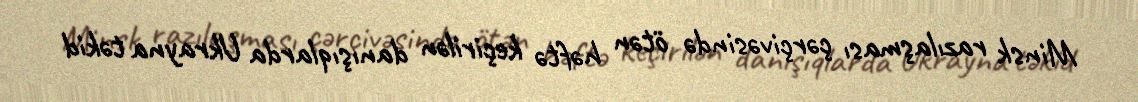
Minsk razılaşması çərçivəsində ötən həftə keçirilən danışıqlarda Ukrayna təkid